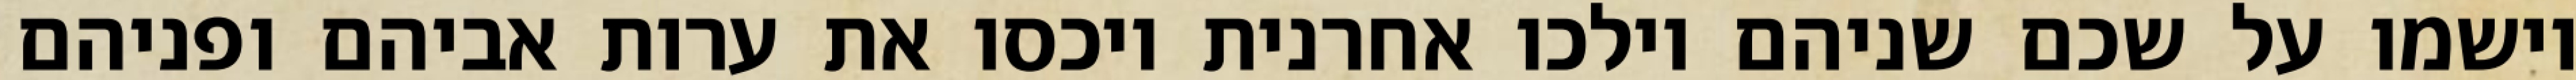
וישמו על שכם שניהם וילכו אחרנית ויכסו את ערות אביהם ופניהם